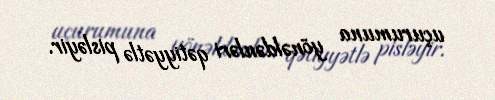
uçurumuna yönəldənləri qətiyyətlə pisləyir.